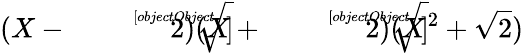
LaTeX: (X-{\sqrt[[objectObject]]{2}})(X+{\sqrt[[objectObject]]{2}})(X^{2}+{\sqrt{2}})